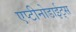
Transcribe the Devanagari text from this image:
एप्टीनोडाईट्स